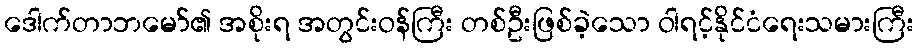
ဒေါက်တာဘမော်၏ အစိုးရ အတွင်းဝန်ကြီး တစ်ဦးဖြစ်ခဲ့သော ဝါရင့်နိုင်ငံရေးသမားကြီး